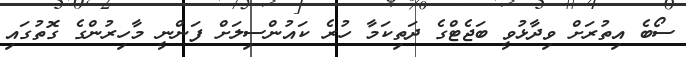
ސޯބެ އިތުރަށް ވިދާޅުވީ ބަޖެޓްގެ ދަތިކަމާ ހުރެ ކައުންސިލަށް ފަންނީ މާހިރުންގެ ގޮތުގައި